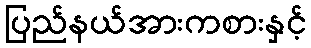
ပြည်နယ်အားကစားနှင့်